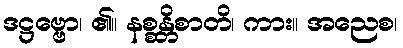
ဒဋ္ဌဗ္ဗော၊ ၏။ နစ္စန္တိစာတိ၊ ကား။ အညေစ၊